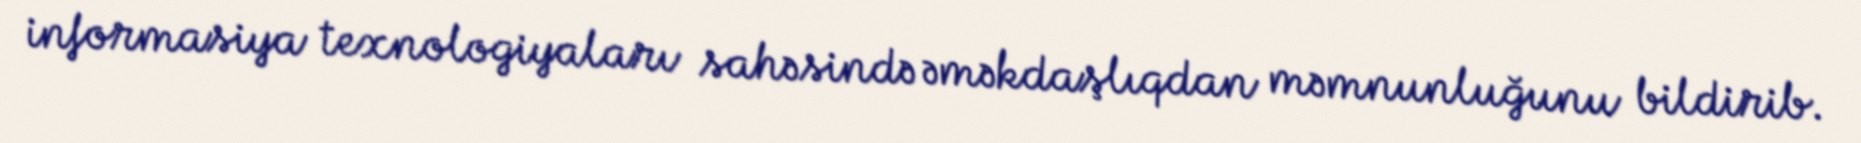
informasiya texnologiyaları sahəsində əməkdaşlıqdan məmnunluğunu bildirib.